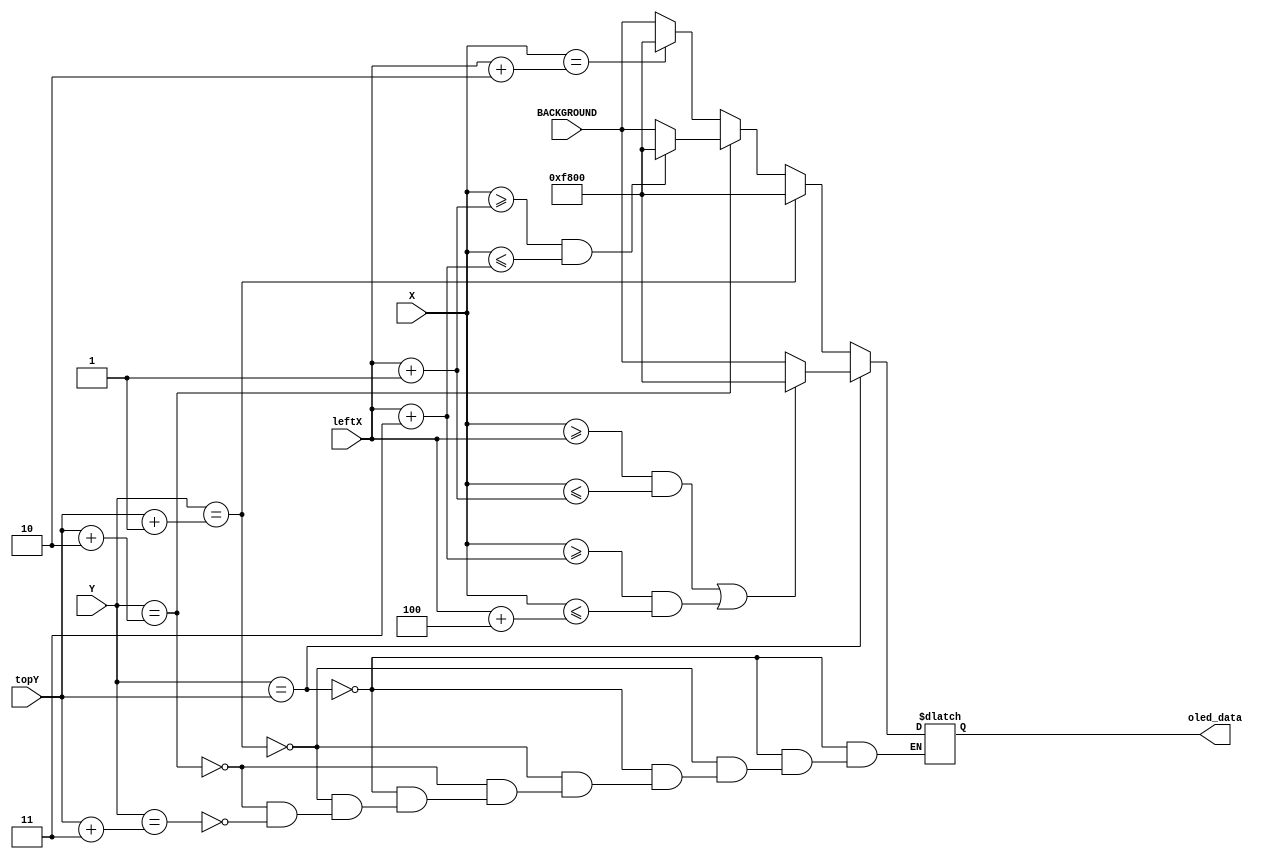
`timescale 1ns / 1ps
//////////////////////////////////////////////////////////////////////////////////
// Company: 
// Engineer: 
// 
// Design Name: 
// Module Name: Heart
// Project Name: 
// Target Devices: 
// Tool Versions: 
// Description: 
// 
// Dependencies: 
// 
// Revision:
// Revision 0.01 - File Created
// Additional Comments:
// 
//////////////////////////////////////////////////////////////////////////////////


module Heart(
    input[6:0] X, 
    input [5:0] Y, 
    input [6:0] leftX,  
    input [5:0] topY, 
    input [15:0] BACKGROUND,
    output reg [15:0] oled_data = 16'b0
    );

    parameter[15:0] RED = 16'b11111_000000_00000;

    always @ (X or Y) begin
        if (Y == topY) begin
            if ((X >= leftX && X <= leftX + 1) || (X >= leftX + 3 && X <= leftX + 4)) oled_data = RED;
            else oled_data = BACKGROUND;
        end else if (Y == topY + 1) begin
            oled_data = RED;
        end else if (Y == topY + 2) begin
            if ((X >= leftX + 1 && X <= leftX + 3)) oled_data = RED;
            else oled_data = BACKGROUND;
        end else if (Y == topY + 3) begin
            if (X == leftX + 2) oled_data = RED;
            else oled_data = BACKGROUND;
        end
    end
endmodule